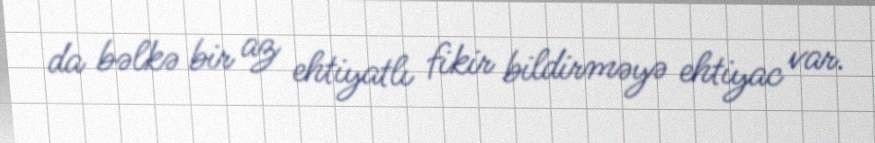
da bəlkə bir az ehtiyatlı fikir bildirməyə ehtiyac var.